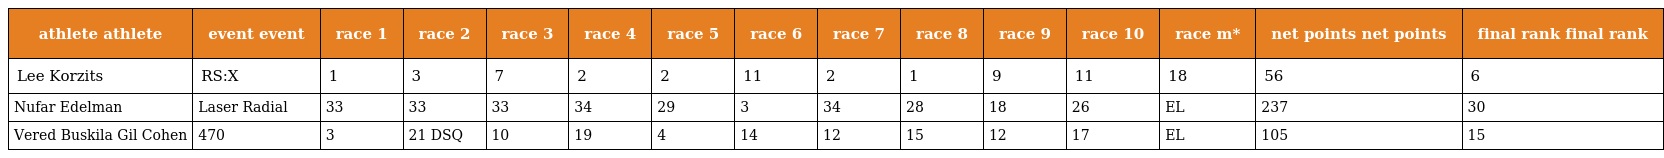
| athlete athlete | event event | race 1 | race 2 | race 3 | race 4 | race 5 | race 6 | race 7 | race 8 | race 9 | race 10 | race m* | net points net points | final rank final rank |
 | --- | --- | --- | --- | --- | --- | --- | --- | --- | --- | --- | --- | --- | --- | --- |
 | Lee Korzits | RS:X | 1 | 3 | 7 | 2 | 2 | 11 | 2 | 1 | 9 | 11 | 18 | 56 | 6 |
 | Nufar Edelman | Laser Radial | 33 | 33 | 33 | 34 | 29 | 3 | 34 | 28 | 18 | 26 | EL | 237 | 30 |
 | Vered Buskila Gil Cohen | 470 | 3 | 21 DSQ | 10 | 19 | 4 | 14 | 12 | 15 | 12 | 17 | EL | 105 | 15 |